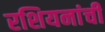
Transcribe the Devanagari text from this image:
रशियनांची